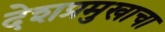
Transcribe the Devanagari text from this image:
देशप्रमुखाचा